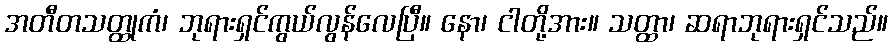
အတီတသတ္ထုကံ၊ ဘုရားရှင်ကွယ်လွန်လေပြီ။ နော၊ ငါတို့အား။ သတ္ထာ၊ ဆရာဘုရားရှင်သည်။